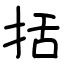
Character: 括